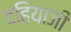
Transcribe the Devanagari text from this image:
दहियाजी